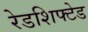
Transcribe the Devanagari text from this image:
रेडशिफ्टेड